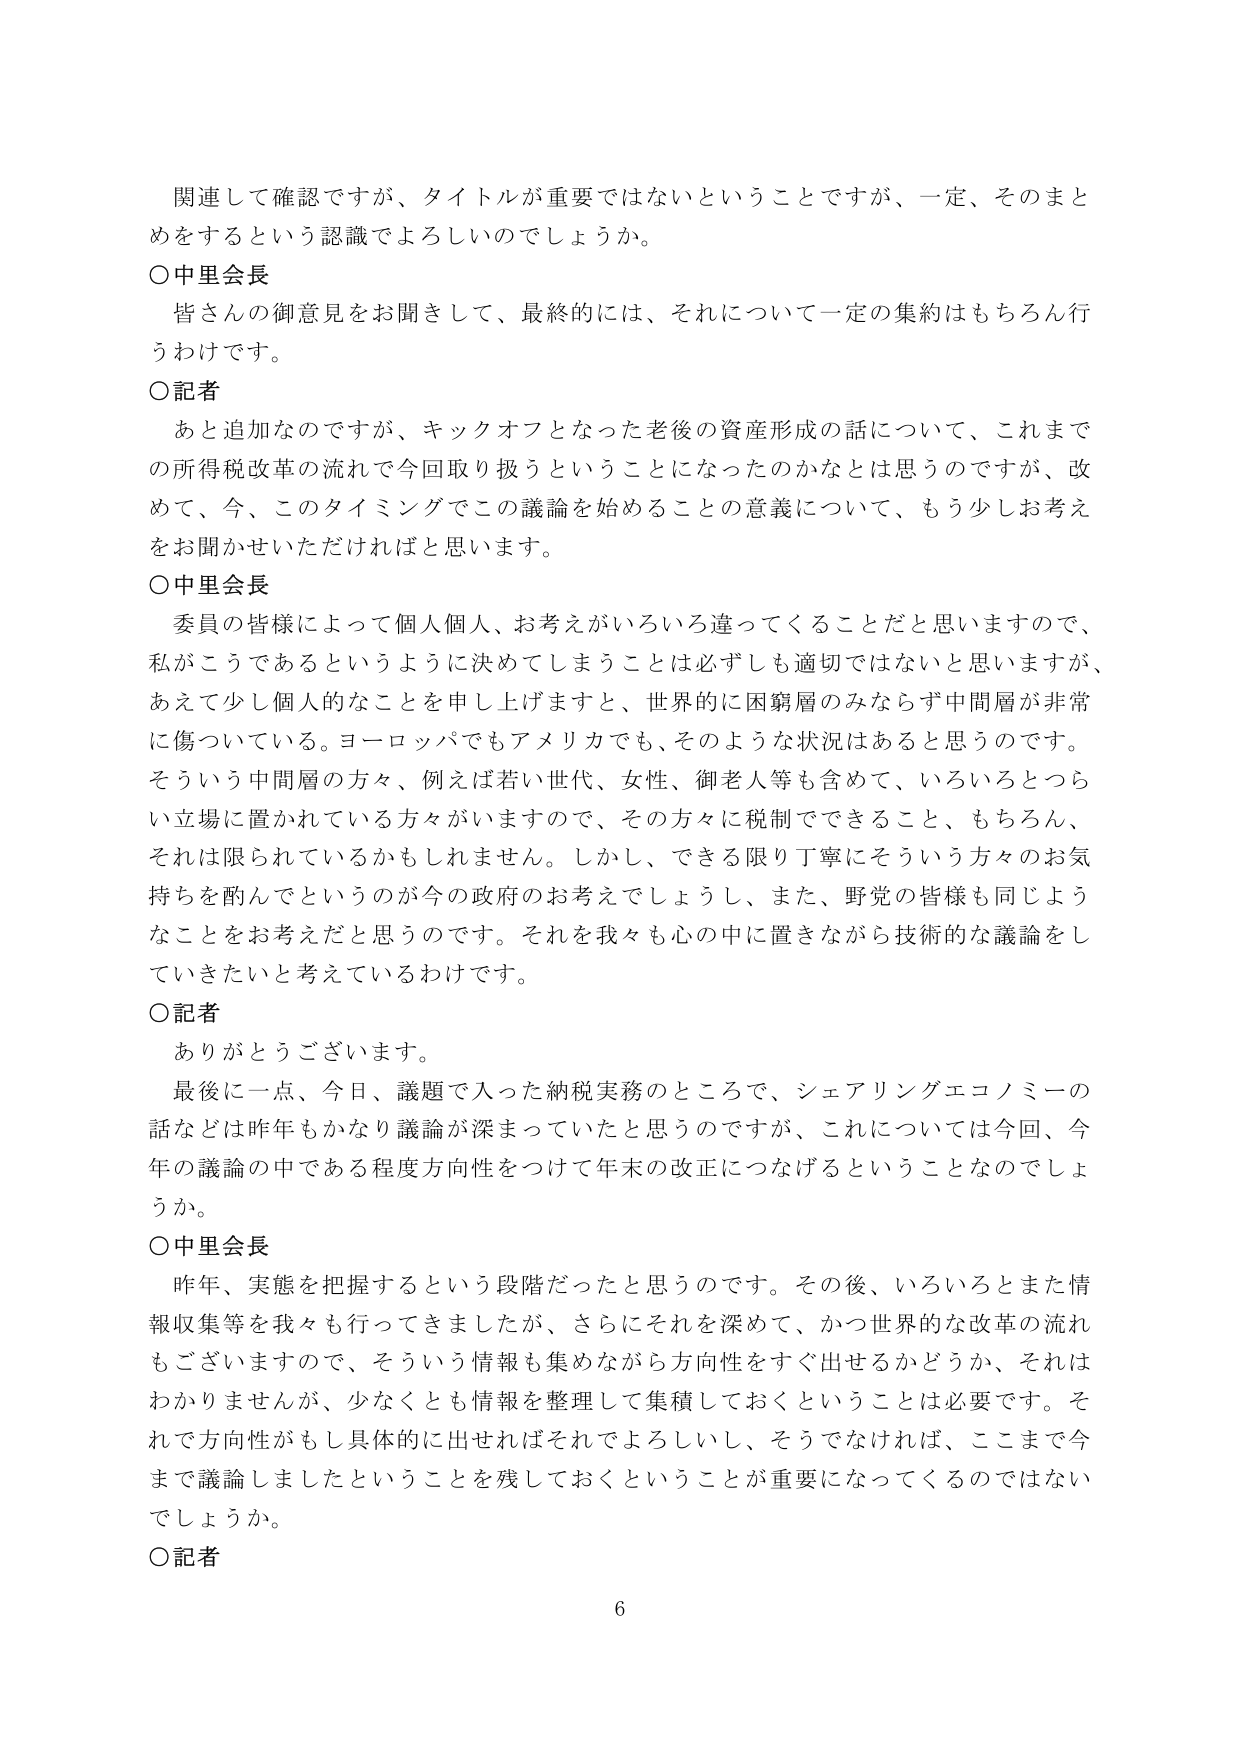
関連して確認ですが、タイトルが重要ではないということですが、一定、そのまとめをするという認識でよろしいのでしょうか。

○中里会長
皆さんの御意見をお聞きして、最終的には、それについて一定の集約はもちろん行うわけです。

○記者
あと追加なのですが、キックオフとなった老後の資産形成の話について、これまでの所得税改革の流れで今回取り扱うということになったのかなとは思うのですが、改めて、今、このタイミングでこの議論を始めることの意義について、もう少しお考えをお聞かせいただければと思います。

○中里会長
委員の皆様によって個人個人、お考えがいろいろ違ってくることだと思いますので、私がこうであるというように決めてしまうことは必ずしも適切ではないと思いますが、あえて少し個人的なことを申し上げますと、世界的に困窮層のみならず中間層が非常に傷ついている。ヨーロッパでもアメリカでも、そのような状況はあると思うのです。そういう中間層の方々、例えば若い世代、女性、御老人等も含めて、いろいろとつらい立場に置かれている方々がいますので、その方々に税制でできること、もちろん、それは限られているかもしれません。しかし、できる限り丁寧にそういう方々のお気持ちを酌んでというのが今の政府のお考えでしょうし、また、野党の皆様も同じようなことをお考えだと思うのです。それを我々も心の中に置きながら技術的な議論をしていきたいと考えているわけです。

○記者
ありがとうございます。
最後に一点、今日、議題で入った納税実務のところで、シェアリングエコノミーの話などは昨年もかなり議論が深まっていたと思うのですが、これについては今回、今年の議論の中である程度方向性をつけて年末の改正につなげるということなのでしょうか。

○中里会長
昨年、実態を把握するという段階だったと思うのです。その後、いろいろとまた情報収集等を我々も行ってきましたが、さらにそれを深めて、かつ世界的な改革の流れもございますので、そういう情報も集めながら方向性をすぐ出せるかどうか、それはわかりませんが、少なくとも情報を整理して集積しておくということは必要です。それで方向性がもし具体的に出せればそれでよろしいし、そうでなければ、ここまで今まで議論しましたということを残しておくということが重要になってくるのではないでしょうか。

○記者

6